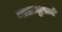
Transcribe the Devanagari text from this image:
मल्लासुराचे